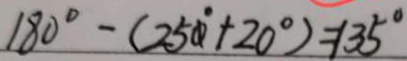
1 8 0 ^ { \circ } - ( 2 5 0 ^ { \circ } + 2 0 ^ { \circ } ) = 1 3 5 ^ { \circ }